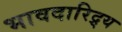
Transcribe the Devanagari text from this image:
भावदारिद्र्य